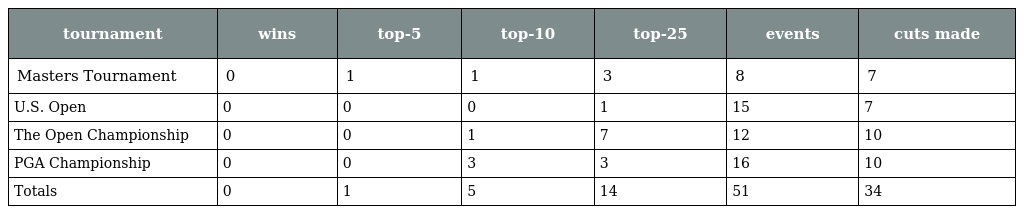
| tournament | wins | top-5 | top-10 | top-25 | events | cuts made |
 | --- | --- | --- | --- | --- | --- | --- |
 | Masters Tournament | 0 | 1 | 1 | 3 | 8 | 7 |
 | U.S. Open | 0 | 0 | 0 | 1 | 15 | 7 |
 | The Open Championship | 0 | 0 | 1 | 7 | 12 | 10 |
 | PGA Championship | 0 | 0 | 3 | 3 | 16 | 10 |
 | Totals | 0 | 1 | 5 | 14 | 51 | 34 |